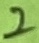
Text: 2